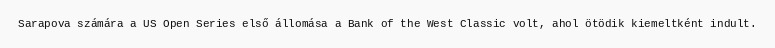
Sarapova számára a US Open Series első állomása a Bank of the West Classic volt, ahol ötödik kiemeltként indult.